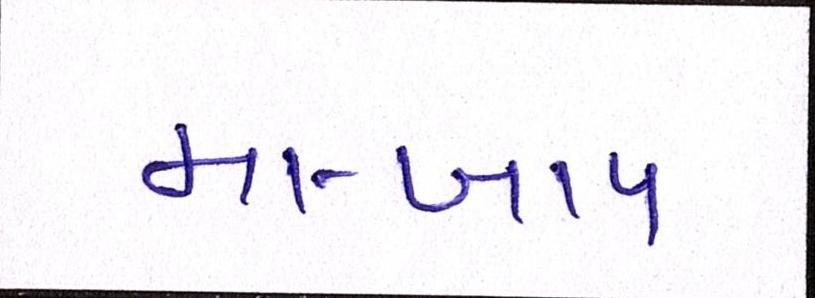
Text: મા-બાપ